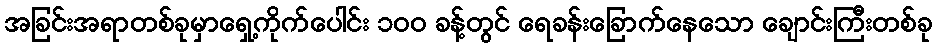
အခြင်းအရာတစ်ခုမှာရှေ့ကိုက်ပေါင်း ၁၀၀ ခန့်တွင် ရေခန်းခြောက်နေသော ချောင်းကြီးတစ်ခု